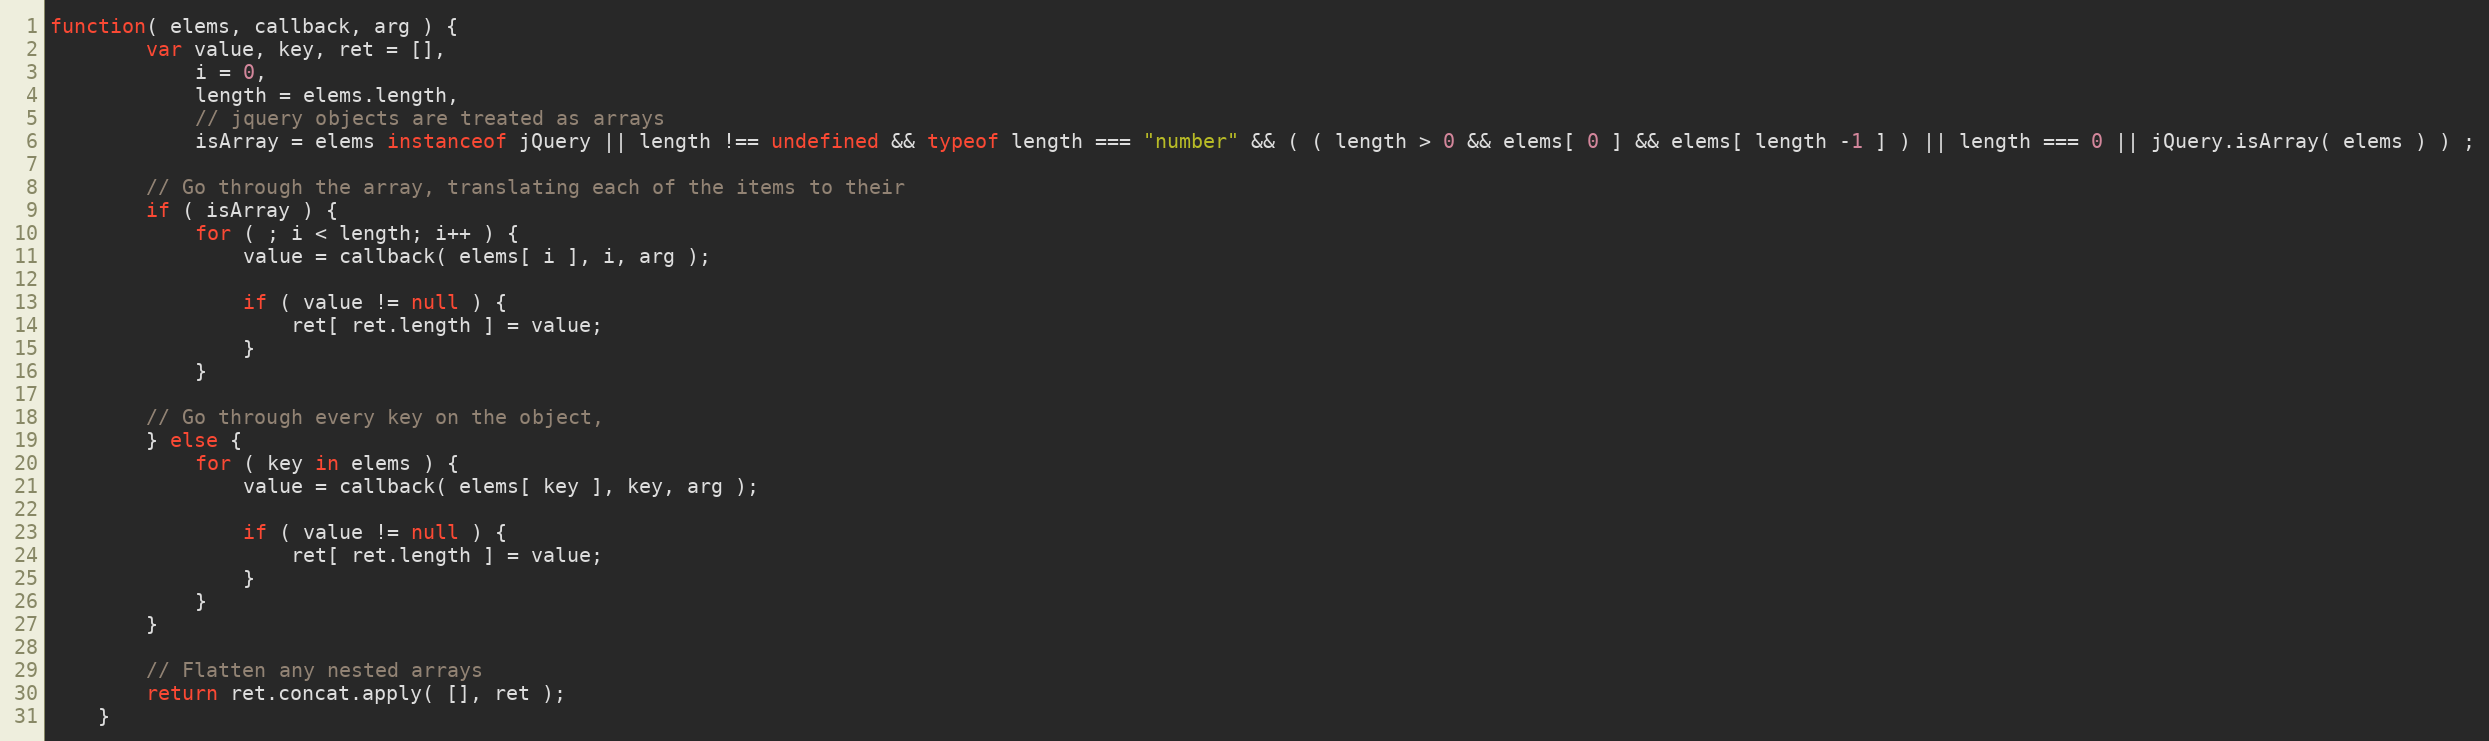
Language: JavaScript
function( elems, callback, arg ) {
		var value, key, ret = [],
			i = 0,
			length = elems.length,
			// jquery objects are treated as arrays
			isArray = elems instanceof jQuery || length !== undefined && typeof length === "number" && ( ( length > 0 && elems[ 0 ] && elems[ length -1 ] ) || length === 0 || jQuery.isArray( elems ) ) ;

		// Go through the array, translating each of the items to their
		if ( isArray ) {
			for ( ; i < length; i++ ) {
				value = callback( elems[ i ], i, arg );

				if ( value != null ) {
					ret[ ret.length ] = value;
				}
			}

		// Go through every key on the object,
		} else {
			for ( key in elems ) {
				value = callback( elems[ key ], key, arg );

				if ( value != null ) {
					ret[ ret.length ] = value;
				}
			}
		}

		// Flatten any nested arrays
		return ret.concat.apply( [], ret );
	}